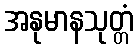
အနုမာနသုတ္တံ